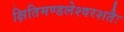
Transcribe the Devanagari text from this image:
क्षितिमण्डलेश्वरशतैः